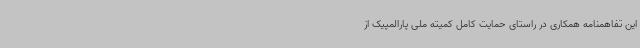
این تفاهمنامه همکاری در راستای حمایت کامل کمیته ملی پارالمپیک از